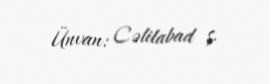
Ünvan: Cəlilabad ş.